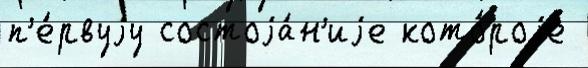
п'е́рвуjу состоjа́н'иjе кото́роjе